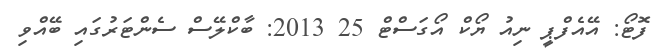
ފޮޓޯ: އޭއެފްޕީ ނިއު ޔޯކް އޯގަސްޓް 25 2013: ބާކްލޭސް ސެންޓަރުގައި ބޭއްވި